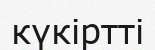
күкіртті